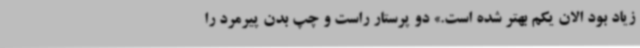
زیاد بود الان یکم بهتر شده است.» دو پرستار راست و چپ بدن پیرمرد را